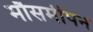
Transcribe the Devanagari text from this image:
मौसमीपन